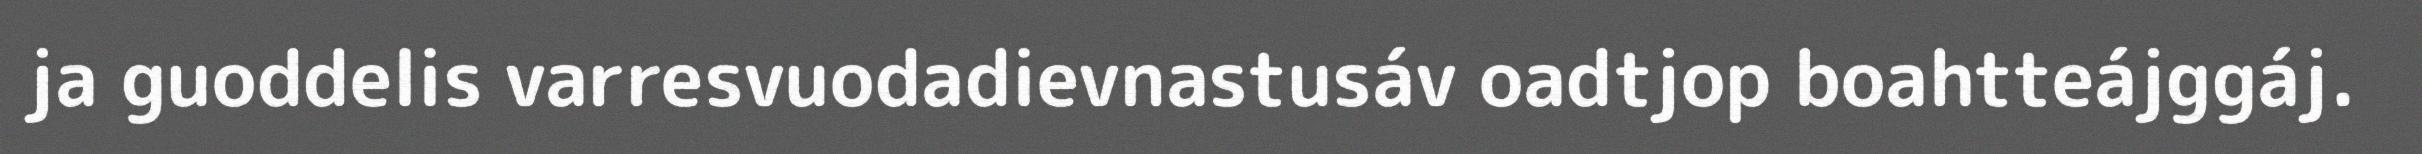
ja guoddelis varresvuodadievnastusáv oadtjop boahtteájggáj.